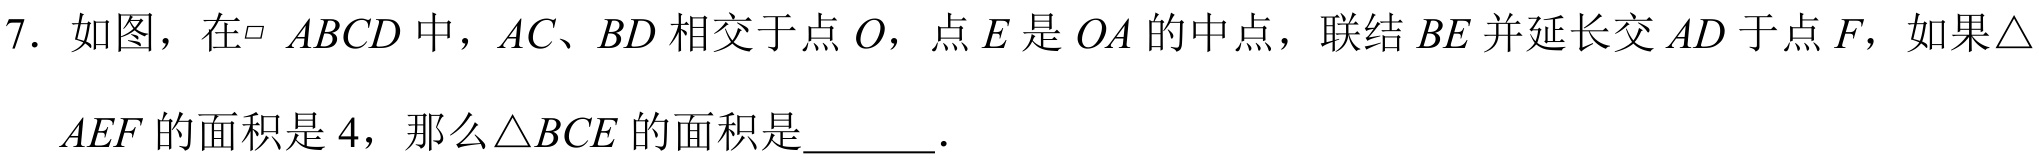
7. 如图，在$\square\  ABCD$中，$AC、BD$ 相交于点 $O$，点 $E$ 是 $OA$ 的中点，联结 $BE$ 并延长交 $AD$ 于点 $F$，如果$\triangle$
$AEF$ 的面积是 $4$，那么$\triangle BCE$ 的面积是  ．